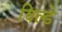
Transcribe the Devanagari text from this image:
विल्डे